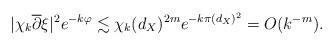
LaTeX: \begin{align*}|\chi_{k}\overline{\partial}\xi|^2 e^{-k\varphi} \lesssim \chi_{k} (d_{X})^{2m}e^{-k\pi (d_{X})^2} = O(k^{-m}). \end{align*}